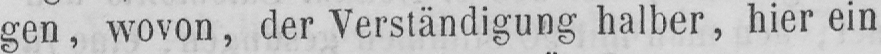
gen, wovon, der Verständigung halber, hier ein